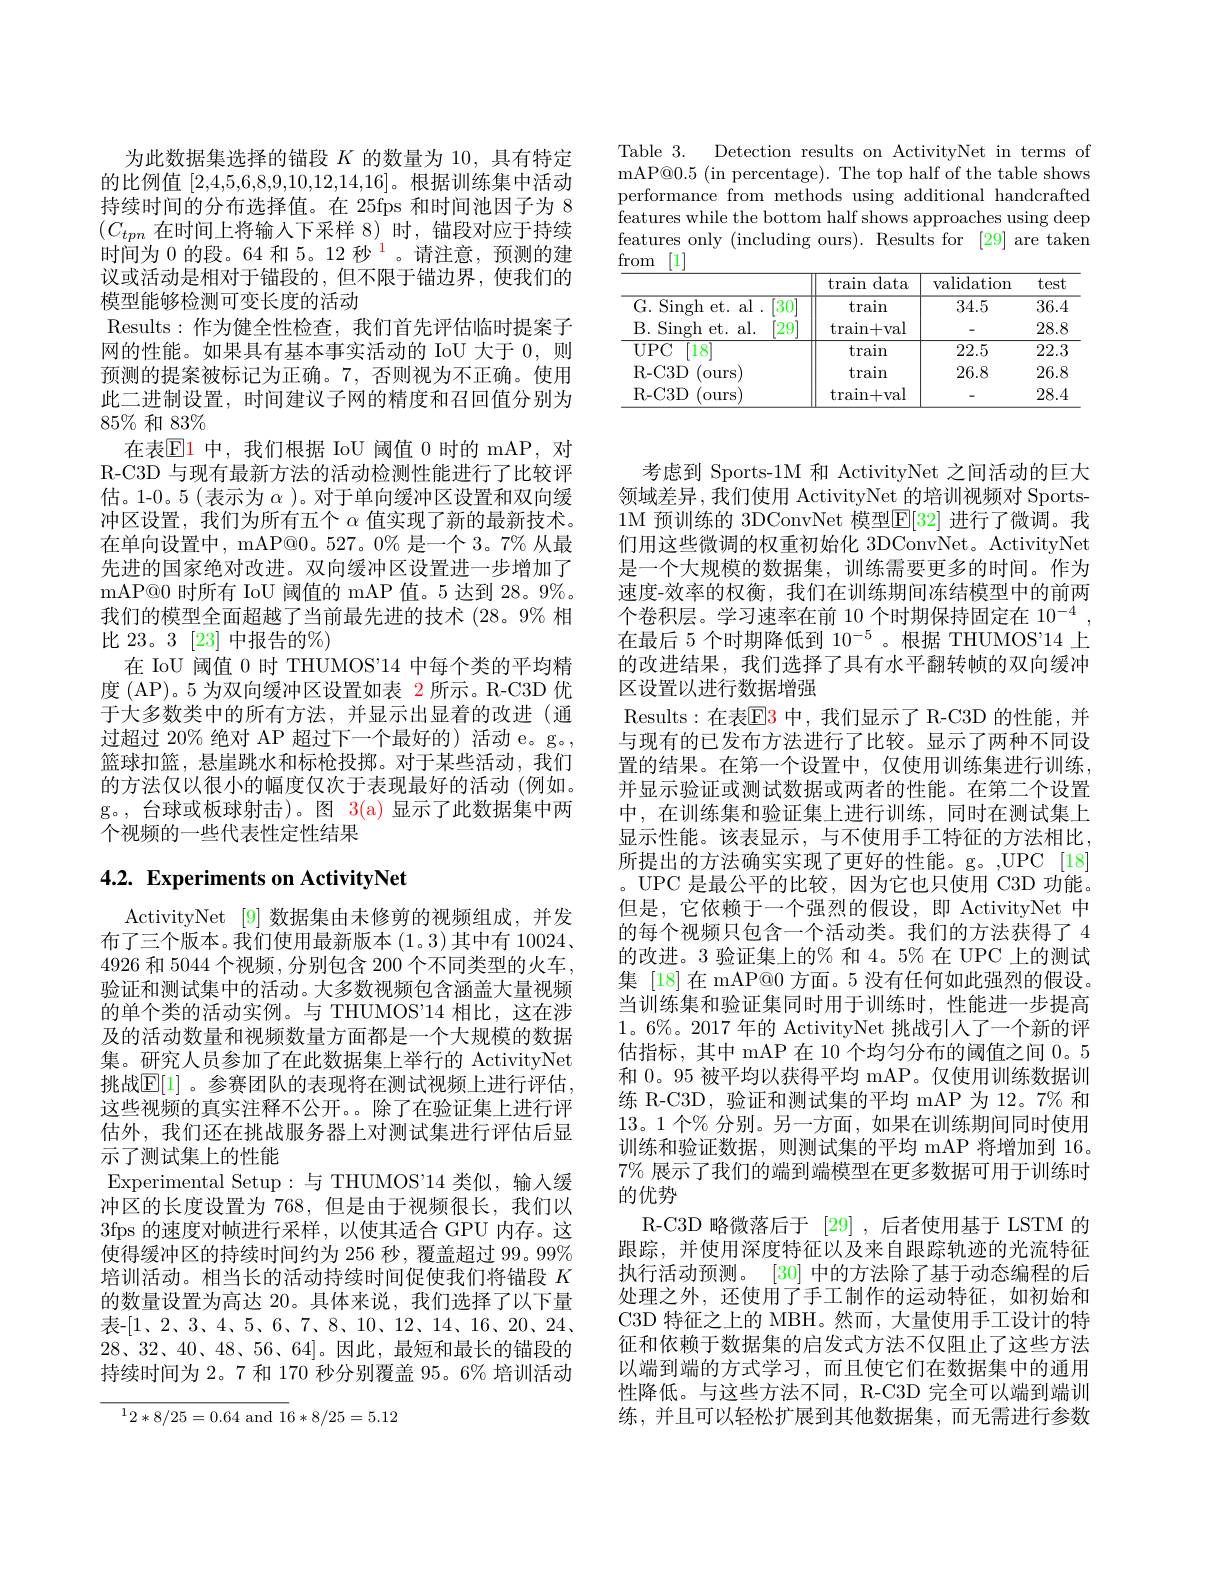
为此数据集选择的锚段$K$的数量为 10,具有特定的比例值[2,4,5,6,8,9,10,12,14,16]。根据训练集中活动持续时间的分布选择值。在 25fps 和时间池因子为 8 $(C_{tpn}$在时间上将输入下采样 8)时，锚段对应于持续时间为 0 的段。64 和 5。12 秒$^{1}$。请注意，预测的建议或活动是相对于锚段的，但不限于锚边界，使我们的模型能够检测可变长度的活动
Results:作为健全性检查，我们首先评估临时提案子网的性能。如果具有基本事实活动的 IoU 大于0，则预测的提案被标记为正确。7, 否则视为不正确。使用此二进制设置，时间建议子网的精度和召回值分别为$85\%$和 83%
在表$\mathbb{E}$1 中，我们根据 IoU 阈值 0 时的 mAP,对R-C3D 与现有最新方法的活动检测性能进行了比较评估。1-0。5(表示为$\alpha$ )。对于单向缓冲区设置和双向缓冲区设置，我们为所有五个$\alpha$值实现了新的最新技术。在单向设置中，mAP@0。527。0% 是一个 3。7% 从最先进的国家绝对改进。双向缓冲区设置进一步增加了mAP@0 时所有 IoU 阈值的 mAP 值。5 达到 28。9%。我们的模型全面超越了当前最先进的技术 (28。9% 相比 23。3 [23]中报告的%)
在 IoU 阈值 0 时 THUMOS"14 中每个类的平均精度 (AP)。5 为双向缓冲区设置如表 2 所示。R-C3D 优于大多数类中的所有方法，并显示出显着的改进(通过超过 20% 绝对 AP 超过下一个最好的) 活动 e。g。, 篮球扣篮，悬崖跳水和标枪投掷。对于某些活动，我们的方法仅以很小的幅度仅次于表现最好的活动(例如。g。,台球或板球射击)。图 3(a)显示了此数据集中两个视频的一些代表性定性结果

# 4.2. Experiments on ActivityNet

ActivityNet [9] 数据集由未修剪的视频组成，并发布了三个版本。我们使用最新版本 (1。3)其中有 10024、 4926 和 5044 个视频 , 分别包含 200 个不同类型的火车， 验证和测试集中的活动。大多数视频包含涵盖大量视频的单个类的活动实例。与 THUMOS"14 相比，这在涉及的活动数量和视频数量方面都是一个大规模的数据集。研究人员参加了在此数据集上举行的 ActivityNet 挑战$\mathbb{E}[1]$。参赛团队的表现将在测试视频上进行评估， 这些视频的真实注释不公开。。除了在验证集上进行评估外，我们还在挑战服务器上对测试集进行评估后显示了测试集上的性能
Experimental Setup:与 THUMOS'14 类似，输入缓冲区的长度设置为 768,但是由于视频很长，我们以3fps 的速度对帧进行采样，以使其适合 GPU 内存。这使得缓冲区的持续时间约为 256 秒，覆盖超过 99。99% 培训活动。相当长的活动持续时间促使我们将锚段$K$ 的数量设置为高达 20。具体来说，我们选择了以下量表-[1、2、3、4、5、6、7、8、10、12、14、16、20、24、 $28、32、40、48、56、64]。因此，最短和最长的锚段的$ 持续时间为 2。7 和 170 秒分别覆盖 95。6% 培训活动
$$\overline{{^12*8/25=0.64\mathrm{~and~}1}}6*8/25=5.12$$
Table 3. Detection results on ActivityNet in terms of mAP@0.5(in percentage). The top half of the table shows performance from methods using additional handcrafted features while the bottom half shows approaches using deep features only (including ours). Results for [29] are taken from [1]

<table>
	<tbody>
		<tr>
			<th> </th>
			<th>train data</th>
			<th>validation</th>
			<th>test</th>
		</tr>
		<tr>
			<td>G. Singh et. al . $[30^{\circ}$</td>
			<td>$\tan$</td>
			<td>34.5</td>
			<td>36.4</td>
		</tr>
		<tr>
			<td>B. Singh et. al. $[29^{\cdot}$</td>
			<td>$\operatorname{train+val}$</td>
			<td> </td>
			<td>28.8</td>
		</tr>
		<tr>
			<td>$UPC$ $18^{\prime}$</td>
			<td>$\tan$</td>
			<td>22.5</td>
			<td>22.3</td>
		</tr>
		<tr>
			<td>R- C3D ours</td>
			<td>$\tan$</td>
			<td>26.8</td>
			<td>26.8</td>
		</tr>
		<tr>
			<td>R- C3D ours</td>
			<td>$\operatorname{train+val}$</td>
			<td> </td>
			<td>28.4</td>
		</tr>
	</tbody>
</table>

考虑到 Sports-1M 和 ActivityNet 之间活动的巨大领域差异 ,我们使用 ActivityNet 的培训视频对 Sports- 1M 预训练的 3DConvNet 模型$\mathbb{E}[32]$ 进行了微调。我们用这些微调的权重初始化 3DConvNet。ActivityNet 是一个大规模的数据集，训练需要更多的时间。作为速度-效率的权衡，我们在训练期间冻结模型中的前两个卷积层。学习速率在前 10 个时期保持固定在$10^{- 4}$ , 在最后 5 个时期降低到 10$^{-5}$。根据 THUMOS"14 上的改进结果，我们选择了具有水平翻转帧的双向缓冲区设置以进行数据增强
Results:在表E3 中，我们显示了 R-C3D 的性能，并与现有的已发布方法进行了比较。显示了两种不同设置的结果。在第一个设置中，仅使用训练集进行训练， 并显示验证或测试数据或两者的性能。在第二个设置中，在训练集和验证集上进行训练，同时在测试集上显示性能。该表显示，与不使用手工特征的方法相比， 所提出的方法确实实现了更好的性能。g。,UPC[18] 。UPC 是最公平的比较，因为它也只使用 C3D 功能。但是，它依赖于一个强烈的假设，即 ActivityNet 中的每个视频只包含一个活动类。我们的方法获得了 4的改进。3 验证集上的% 和 4。5% 在 UPC 上的测试集 [18] 在 mAP@0 方面。5 没有任何如此强烈的假设。当训练集和验证集同时用于训练时，性能进一步提高$1。6\%。2017$年的 ActivityNet 挑战引人了一个新的评估指标，其中 mAP 在 10 个均匀分布的阈值之间0。5和 0。95 被平均以获得平均 mAP。仅使用训练数据训练 R-C3D, 验证和测试集的平均 mAP 为 12。7% 和13。1个% 分别。另一方面，如果在训练期间同时使用训练和验证数据，则测试集的平均 mAP 将增加到 16。7% 展示了我们的端到端模型在更多数据可用于训练时的优势
R-C3D 略微落后于[29] ,后者使用基于 LSTM 的跟踪，并使用深度特征以及来自跟踪轨迹的光流特征执行活动预测。[30] 中的方法除了基于动态编程的后处理之外，还使用了手工制作的运动特征，如初始和C3D 特征之上的 MBH。然而，大量使用手工设计的特征和依赖于数据集的启发式方法不仅阻止了这些方法以端到端的方式学习，而且使它们在数据集中的通用性降低。与这些方法不同，R-C3D 完全可以端到端训练，并且可以轻松扩展到其他数据集，而无需进行参数